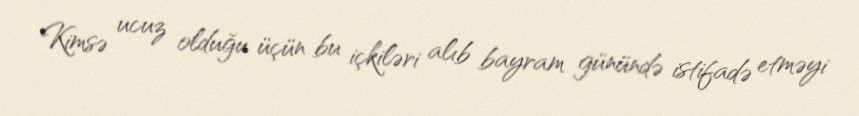
Kimsə ucuz olduğu üçün bu içkiləri alıb bayram günündə istifadə etməyi